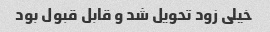
خیلی زود تحویل شد و قابل قبول بود